Annual report of the Punjab Veterinary College and of the Civil Veterinary Department, Punjab - 1920-1925
Year: 1920
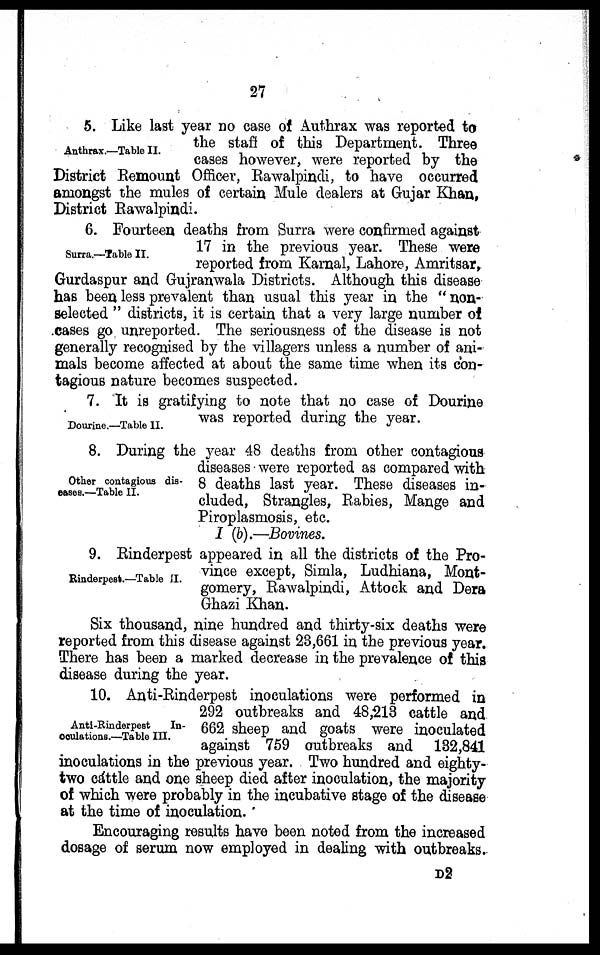
27
Anthrax.—Table II.
5. Like last year no case of Anthrax was reported to
the staff of this Department. Three
cases however, were reported by the
District Remount Officer, Rawalpindi, to have occurred
amongst the mules of certain Mule dealers at Gujar Khan,
District Rawalpindi.
Surra.—Table II.
6. Fourteen deaths from Surra were confirmed against
17 in the previous year. These were
reported from Karnal, Lahore, Amritsar,
Gurdaspur and Gujranwala Districts. Although this disease
has been less prevalent than usual this year in the "non-
selected" districts, it is certain that a very large number of
cases go unreported. The seriousness of the disease is not
generally recognised by the villagers unless a number of ani-
mals become affected at about the same time when its con-
tagious nature becomes suspected.
Dourine.—Table II.
7. It is gratifying to note that no case of Dourine
was reported during the year.
Other contagious dis-
eases.—Table II.
8. During the year 48 deaths from other contagious
diseases were reported as compared with
8 deaths last year. These diseases in-
cluded, Strangles, Rabies, Mange and
Piroplasmosis, etc.
I (b).—Bovines.
Rinderpest.—Table II.
9. Rinderpest appeared in all the districts of the Pro-
vince except, Simla, Ludhiana, Mont-
gomery, Rawalpindi, Attock and Dera
Ghazi Khan.
Six thousand, nine hundred and thirty-six deaths were
reported from this disease against 23,661 in the previous year.
There has been a marked decrease in the prevalence of this
disease during the year.
Anti-Rinderpest
In-
oculations.—Table III.
10. Anti-Rinderpest inoculations were performed in
292 outbreaks and 48,213 cattle and
662 sheep and goats were inoculated
against 759 outbreaks and 132,841
inoculations in the previous year. Two hundred and eighty-
two cattle and one sheep died after inoculation, the majority
of which were probably in the incubative stage of the disease
at the time of inoculation.
Encouraging results have been noted from the increased
dosage of serum now employed in dealing with outbreaks.
D2